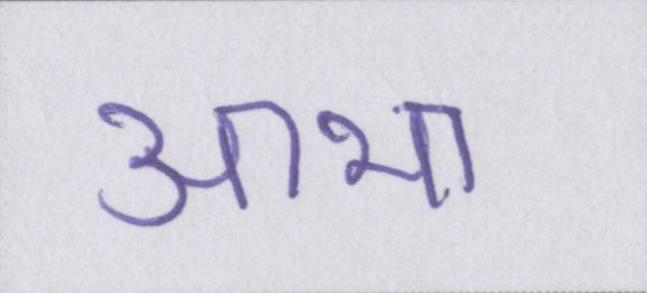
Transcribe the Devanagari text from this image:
आभा